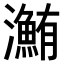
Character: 𤃽